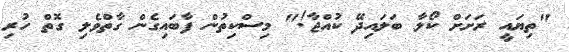
"ތިޔައީ ރަށަށް ކޯލާ ބަަލައިދޭ ކުއްޖާ!" މިސްކިތުން ފާބައިގެން ގާތްވެލި ގޮތް ހުރި